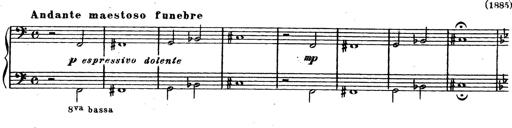
Title: Trauervorspiel und Trauermarsch
Composer: Franz Liszt